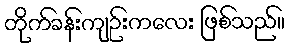
တိုက်ခန်းကျဉ်းကလေး ဖြစ်သည်။